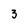
Character: 3